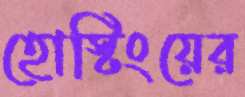
হোস্টিংয়ের